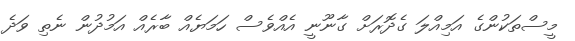
މީސްތަކުންގެ އަމިއްލަ ގެދޮރަށް ގާނޫނީ އެއްވެސް ހަމަޔެއް ބާރެއް އަމުދުން ނެތި ވަދެ